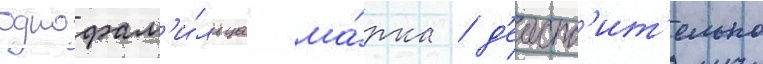
однофам'и́льца ма́рка / д'еиств'ит'ельно